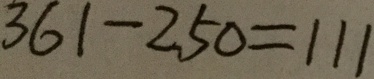
3 6 1 - 2 5 0 = 1 1 1